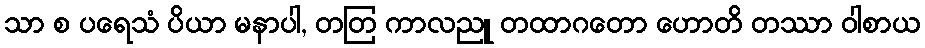
သာ စ ပရေသံ ပိယာ မနာပါ, တတြ ကာလညူ တထာဂတော ဟောတိ တဿာ ဝါစာယ